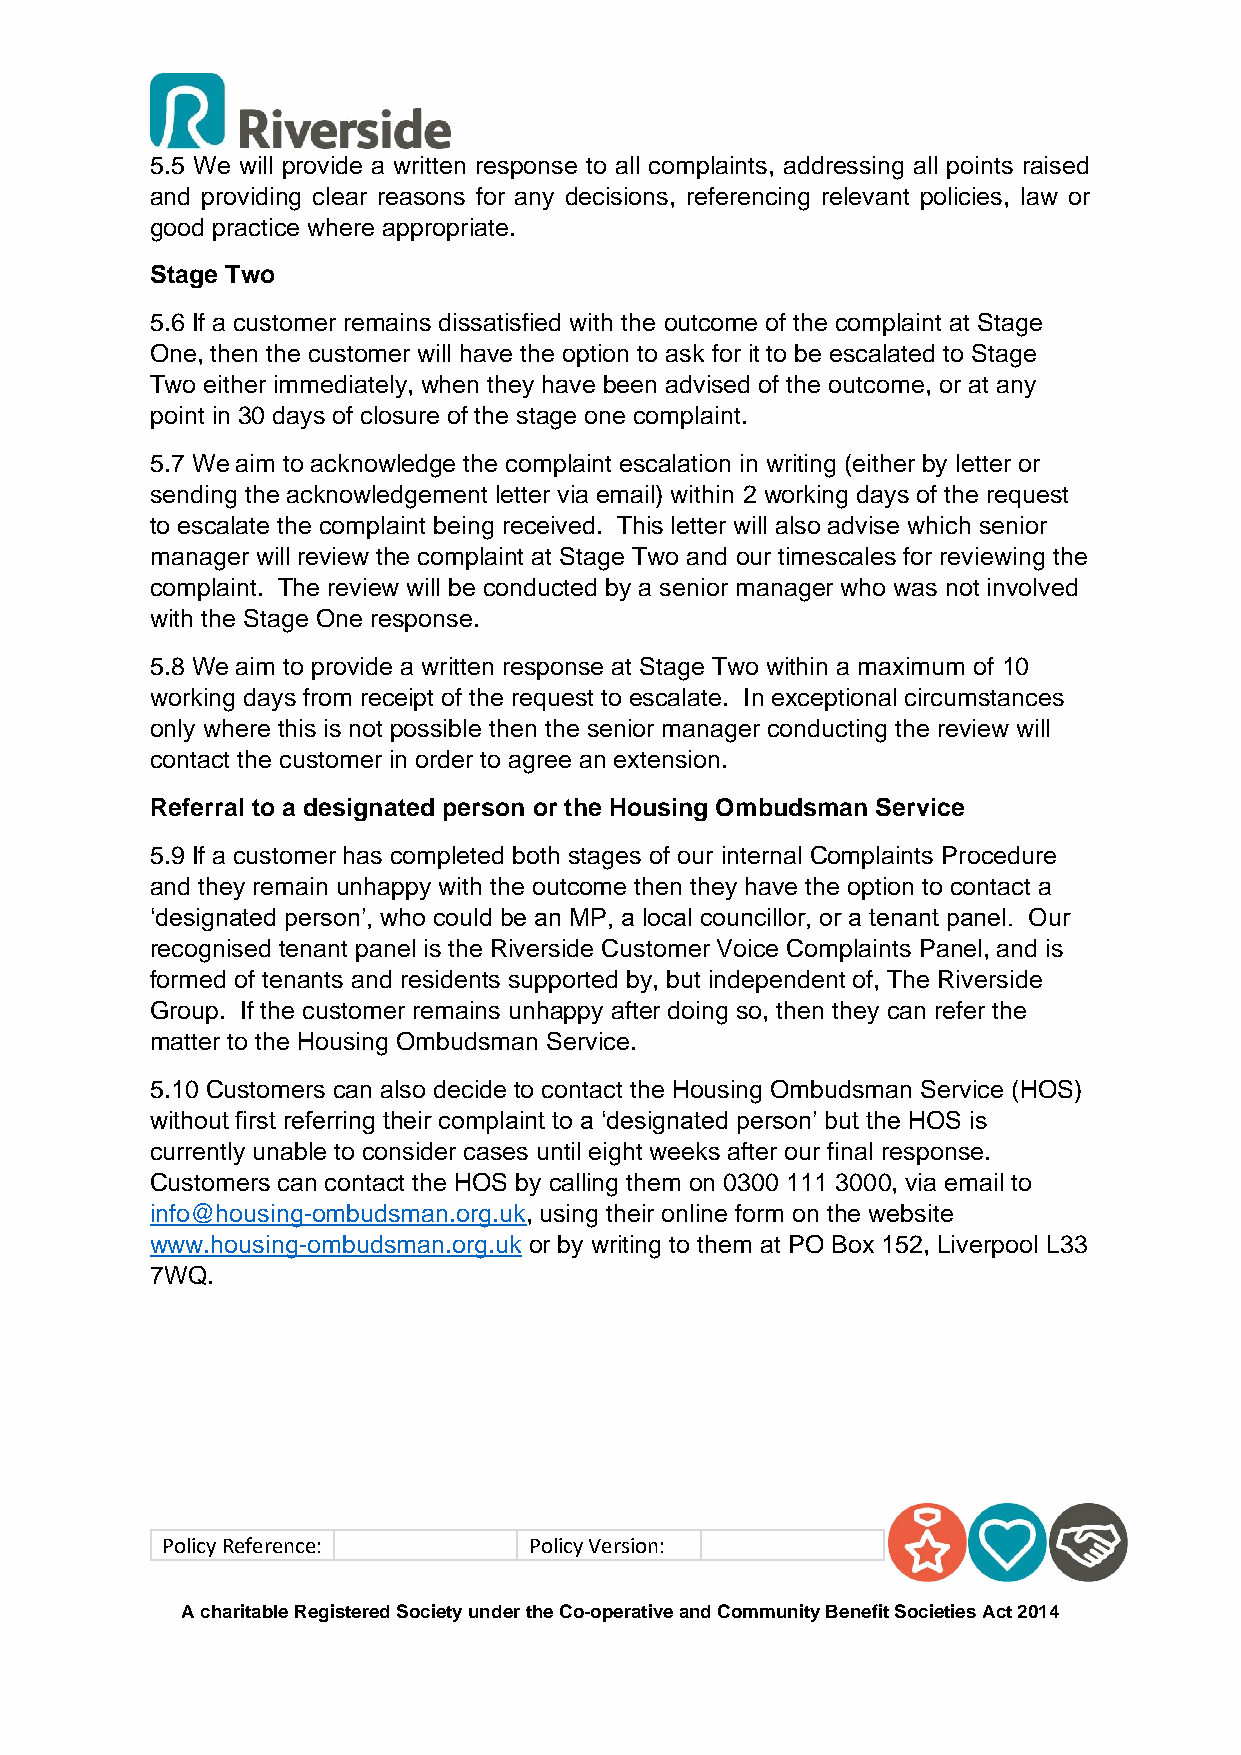
5.5 We will provide a written response to all complaints, addressing all points raised
 and providing clear reasons for any decisions, referencing relevant policies, law or
 good practice where appropriate.
 Stage Two
 5.6 If a customer remains dissatisfied with the outcome of the complaint at Stage
 One, then the customer will have the option to ask for it to be escalated to Stage
 Two either immediately, when they have been advised of the outcome, or at any
 point in 30 days of closure of the stage one complaint.
 5.7 We aim to acknowledge the complaint escalation in writing (either by letter or
 sending the acknowledgement letter via email) within 2 working days of the request
 to escalate the complaint being received. This letter will also advise which senior
 manager will review the complaint at Stage Two and our timescales for reviewing the
 complaint. The review will be conducted by a senior manager who was not involved
 with the Stage One response.
 5.8 We aim to provide a written response at Stage Two within a maximum of 10
 working days from receipt of the request to escalate. In exceptional circumstances
 only where this is not possible then the senior manager conducting the review will
 contact the customer in order to agree an extension.
 Referral to a designated person or the Housing Ombudsman Service
 5.9 If a customer has completed both stages of our internal Complaints Procedure
 and they remain unhappy with the outcome then they have the option to contact a
 ‘designated person’, who could be an MP, a local councillor, or a tenant panel. Our
 recognised tenant panel is the Riverside Customer Voice Complaints Panel, and is
 formed of tenants and residents supported by, but independent of, The Riverside
 Group. If the customer remains unhappy after doing so, then they can refer the
 matter to the Housing Ombudsman Service.
 5.10 Customers can also decide to contact the Housing Ombudsman Service (HOS)
 without first referring their complaint to a ‘designated person’ but the HOS is
 currently unable to consider cases until eight weeks after our final response.
 Customers can contact the HOS by calling them on 0300 111 3000, via email to
 info@housing-ombudsman.org.uk, using their online form on the website
 www.housing-ombudsman.org.uk or by writing to them at PO Box 152, Liverpool L33
 7WQ.
 Policy Reference:       Policy Version:
 A charitable Registered Society under the Co-operative and Community Benefit Societies Act 2014